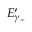
E _ { \gamma _ { - } } ^ { \prime }